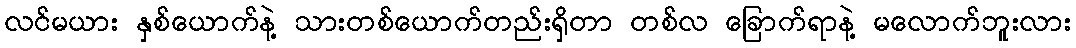
လင်မယား နှစ်ယောက်နဲ့ သားတစ်ယောက်တည်းရှိတာ တစ်လ ခြောက်ရာနဲ့ မလောက်ဘူးလား